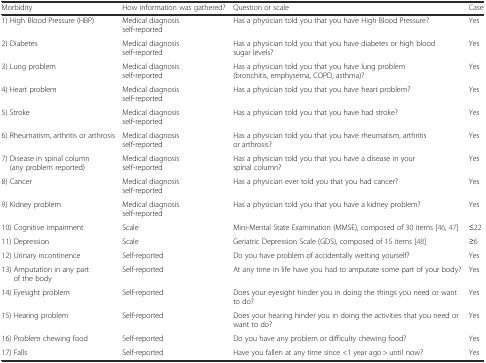
<table><thead><tr><td><b>Morbidity</b></td><td><b>How information was gathered?</b></td><td><b>Question or scale</b></td><td><b>Case</b></td></tr></thead><tbody><tr><td>1) High Blood Pressure (HBP)</td><td>Medical diagnosis self-reported</td><td>Has a physician told you that you have High Blood Pressure?</td><td>Yes</td></tr><tr><td>2) Diabetes</td><td>Medical diagnosis self-reported</td><td>Has a physician told you that you have diabetes or high blood sugar levels?</td><td>Yes</td></tr><tr><td>3) Lung problem</td><td>Medical diagnosis self-reported</td><td>Has a physician told you that you have lung problem (bronchitis, emphysema, COPD, asthma)?</td><td>Yes</td></tr><tr><td>4) Heart problem</td><td>Medical diagnosis self-reported</td><td>Has a physician told you that you have heart problem?</td><td>Yes</td></tr><tr><td>5) Stroke</td><td>Medical diagnosis self-reported</td><td>Has a physician told you that you have had stroke?</td><td>Yes</td></tr><tr><td>6) Rheumatism, arthritis or arthrosis</td><td>Medical diagnosis self-reported</td><td>Has a physician told you that you have rheumatism, arthritis or arthrosis?</td><td>Yes</td></tr><tr><td>7) Disease in spinal column (any problem reported)</td><td>Medical diagnosis self-reported</td><td>Has a physician told you that you have a disease in your spinal column?</td><td>Yes</td></tr><tr><td>8) Cancer</td><td>Medical diagnosis self-reported</td><td>Has a physician ever told you that you had cancer?</td><td>Yes</td></tr><tr><td>9) Kidney problem</td><td>Medical diagnosis self-reported</td><td>Has a physician told you that you have a kidney problem?</td><td>Yes</td></tr><tr><td>10) Cognitive impairment</td><td>Scale</td><td>Mini-Mental State Examination (MMSE), composed of 30 items [46, 47]</td><td>≤22</td></tr><tr><td>11) Depression</td><td>Scale</td><td>Geriatric Depression Scale (GDS), composed of 15 items [48]</td><td>≥6</td></tr><tr><td>12) Urinary incontinence</td><td>Self-reported</td><td>Do you have problem of accidentally wetting yourself?</td><td>Yes</td></tr><tr><td>13) Amputation in any part of the body</td><td>Self-reported</td><td>At any time in life have you had to amputate some part of your body?</td><td>Yes</td></tr><tr><td>14) Eyesight problem</td><td>Self-reported</td><td>Does your eyesight hinder you in doing the things you need or want to do?</td><td>Yes</td></tr><tr><td>15) Hearing problem</td><td>Self-reported</td><td>Does your hearing hinder you in doing the activities that you need or want to do?</td><td>Yes</td></tr><tr><td>16) Problem chewing food</td><td>Self-reported</td><td>Do you have any problem or difficulty chewing food?</td><td>Yes</td></tr><tr><td>17) Falls</td><td>Self-reported</td><td>Have you fallen at any time since &lt;1 year ago &gt; until now?</td><td>Yes</td></tr></tbody></table>